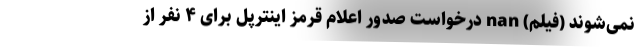
نمی‌شوند (فیلم) nan درخواست صدور اعلام قرمز اینترپل برای ۴ نفر از